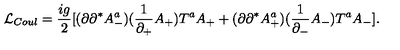
{ \cal L } _ { C o u l } = \frac { i g } { 2 } [ ( \partial \partial ^ { * } A _ { - } ^ { a } ) ( \frac { 1 } { \partial _ { + } } A _ { + } ) T ^ { a } A _ { + } + ( \partial \partial ^ { * } A _ { + } ^ { a } ) ( \frac { 1 } { \partial _ { - } } A _ { - } ) T ^ { a } A _ { - } ] .